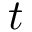
t